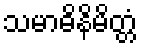
သမာဓိနိမိတ္တံ